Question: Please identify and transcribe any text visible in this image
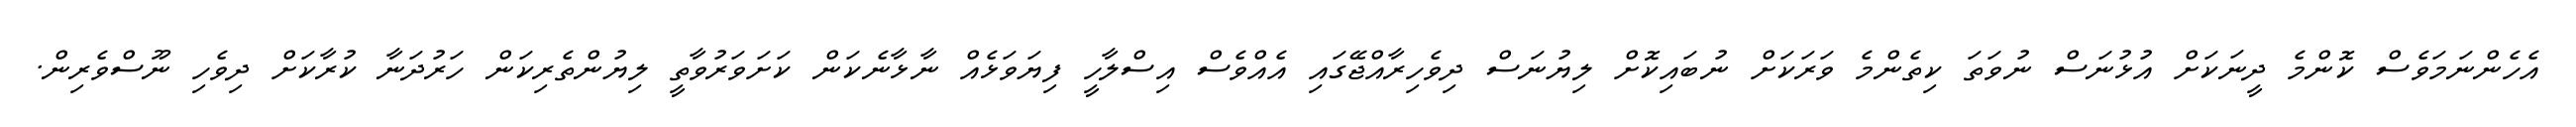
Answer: އެހެންނަމަވެސް ކޮންމެ ދީނަކަށް އުޅުނަސް ނުވަތަ ކިތެންމެ ވަރަކަށް ނުބައިކޮށް ލިޔުނަސް ދިވެހިރާއްޖޭގައި އެއްވެސް އިސްލާހީ ފިޔަވަޅެއް ނާޅާނެކަން ކަށަވަރުވާތީ ލިޔުންތެރިކަން ހަރުދަނާ ކުރާކަށް ދިވެހި ނޫސްވެރިން.